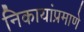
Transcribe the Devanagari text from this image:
निकायांप्रमाणे